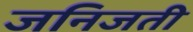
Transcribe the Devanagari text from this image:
जनिजती